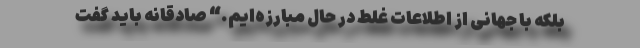
بلکه با جهانی از اطلاعات غلط در حال مبارزه‌ایم.“ صادقانه باید گفت